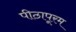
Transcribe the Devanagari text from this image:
पीठापूरम